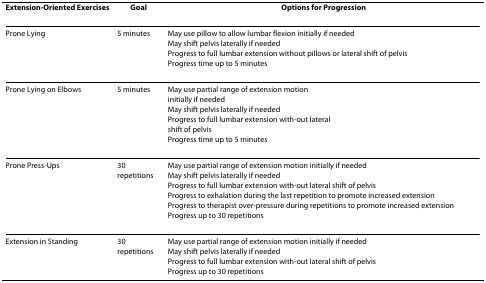
| Extension-Oriented Exercises | Goal | Options for Progression |
 | --- | --- | --- |
 | Prone Lying | 5 minutes | May use pillow to allow lumbar flexion initially if neededMay shift pelvis laterally if neededProgress to full lumbar extension without pillows or lateral shift of pelvisProgress time up to 5 minutes |
 | Prone Lying on Elbows | 5 minutes | May use partial range of extension motioninitially if neededMay shift pelvis laterally if neededProgress to full lumbar extension with-out lateralshift of pelvisProgress time up to 5 minutes |
 | Prone Press-Ups | 30 repetitions | May use partial range of extension motion initially if neededMay shift pelvis laterally if neededProgress to full lumbar extension with-out lateral shift of pelvisProgress to exhalation during the last repetition to promote increased extensionProgress to therapist over-pressure during repetitions to promote increased extensionProgress up to 30 repetitions |
 | Extension in Standing | 30 repetitions | May use partial range of extension motion initially if neededMay shift pelvis laterally if neededProgress to full lumbar extension with-out lateral shift of pelvisProgress up to 30 repetitions |